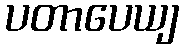
ပတာပေယျ